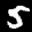
Label: 5